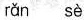
rǎn sè